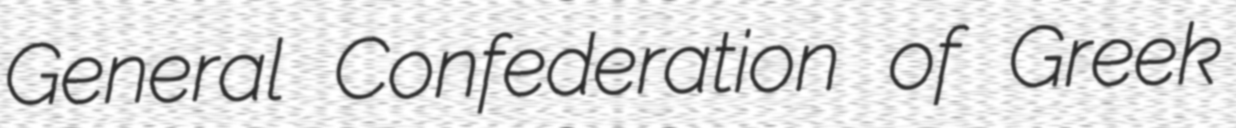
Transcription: General Confederation of Greek